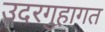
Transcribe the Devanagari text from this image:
उदरगुहागत